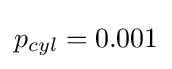
p_{cyl}=0.001